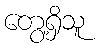
တွေ့ရှိသူ